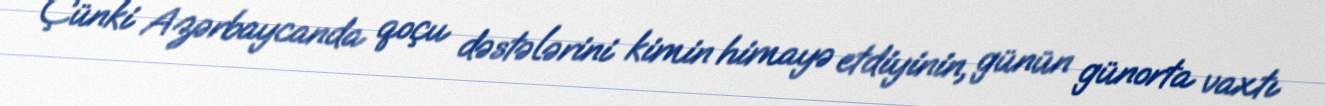
Çünki Azərbaycanda qoçu dəstələrini kimin himayə etdiyinin, günün günorta vaxtı